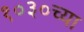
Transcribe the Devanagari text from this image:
१०३०च्या